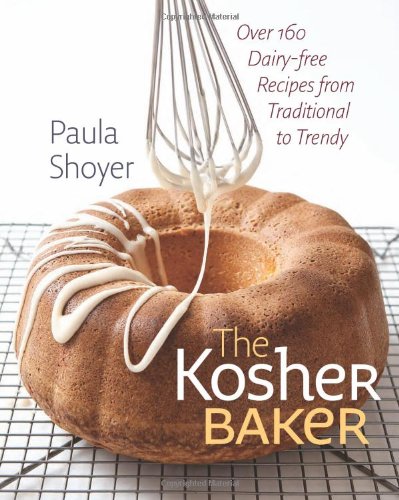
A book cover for The Kosher Baker: Over 160 Dairy-free Recipes from Traditional to Trendy (HBI Series on Jewish Women); Paula Shoyer; Cookbooks, Food & Wine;